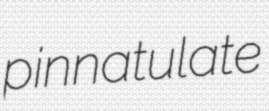
pinnatulate